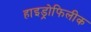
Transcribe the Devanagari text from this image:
हाइड्रोफिलीक